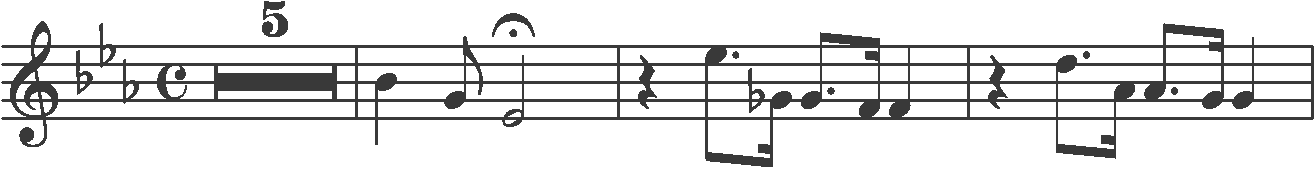
Transcription: clef-G2 keySignature-EbM timeSignature-C multirest-5 barline note-Bb4_quarter note-G4_eighth note-Eb4_half_fermata barline rest-quarter note-Eb5_eighth. note-Gb4_sixteenth note-G4_eighth. note-F4_sixteenth note-F4_quarter barline rest-quarter note-D5_eighth. note-Ab4_sixteenth note-Ab4_eighth. note-G4_sixteenth note-G4_quarter barline